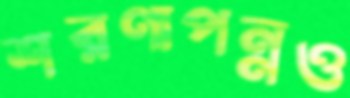
শরণাপন্নও